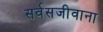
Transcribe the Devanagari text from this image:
सर्वसजीवाना